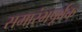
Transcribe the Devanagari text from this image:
समारंभपूर्बक